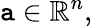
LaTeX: \mathtt{a}\in\mathbb{{R}}^{n},